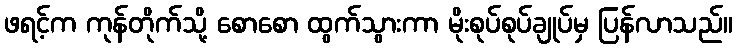
ဖရင့်က ကုန်တိုက်သို့ စောစော ထွက်သွားကာ မိုးစုပ်စုပ်ချုပ်မှ ပြန်လာသည်။